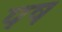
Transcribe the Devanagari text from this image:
पष